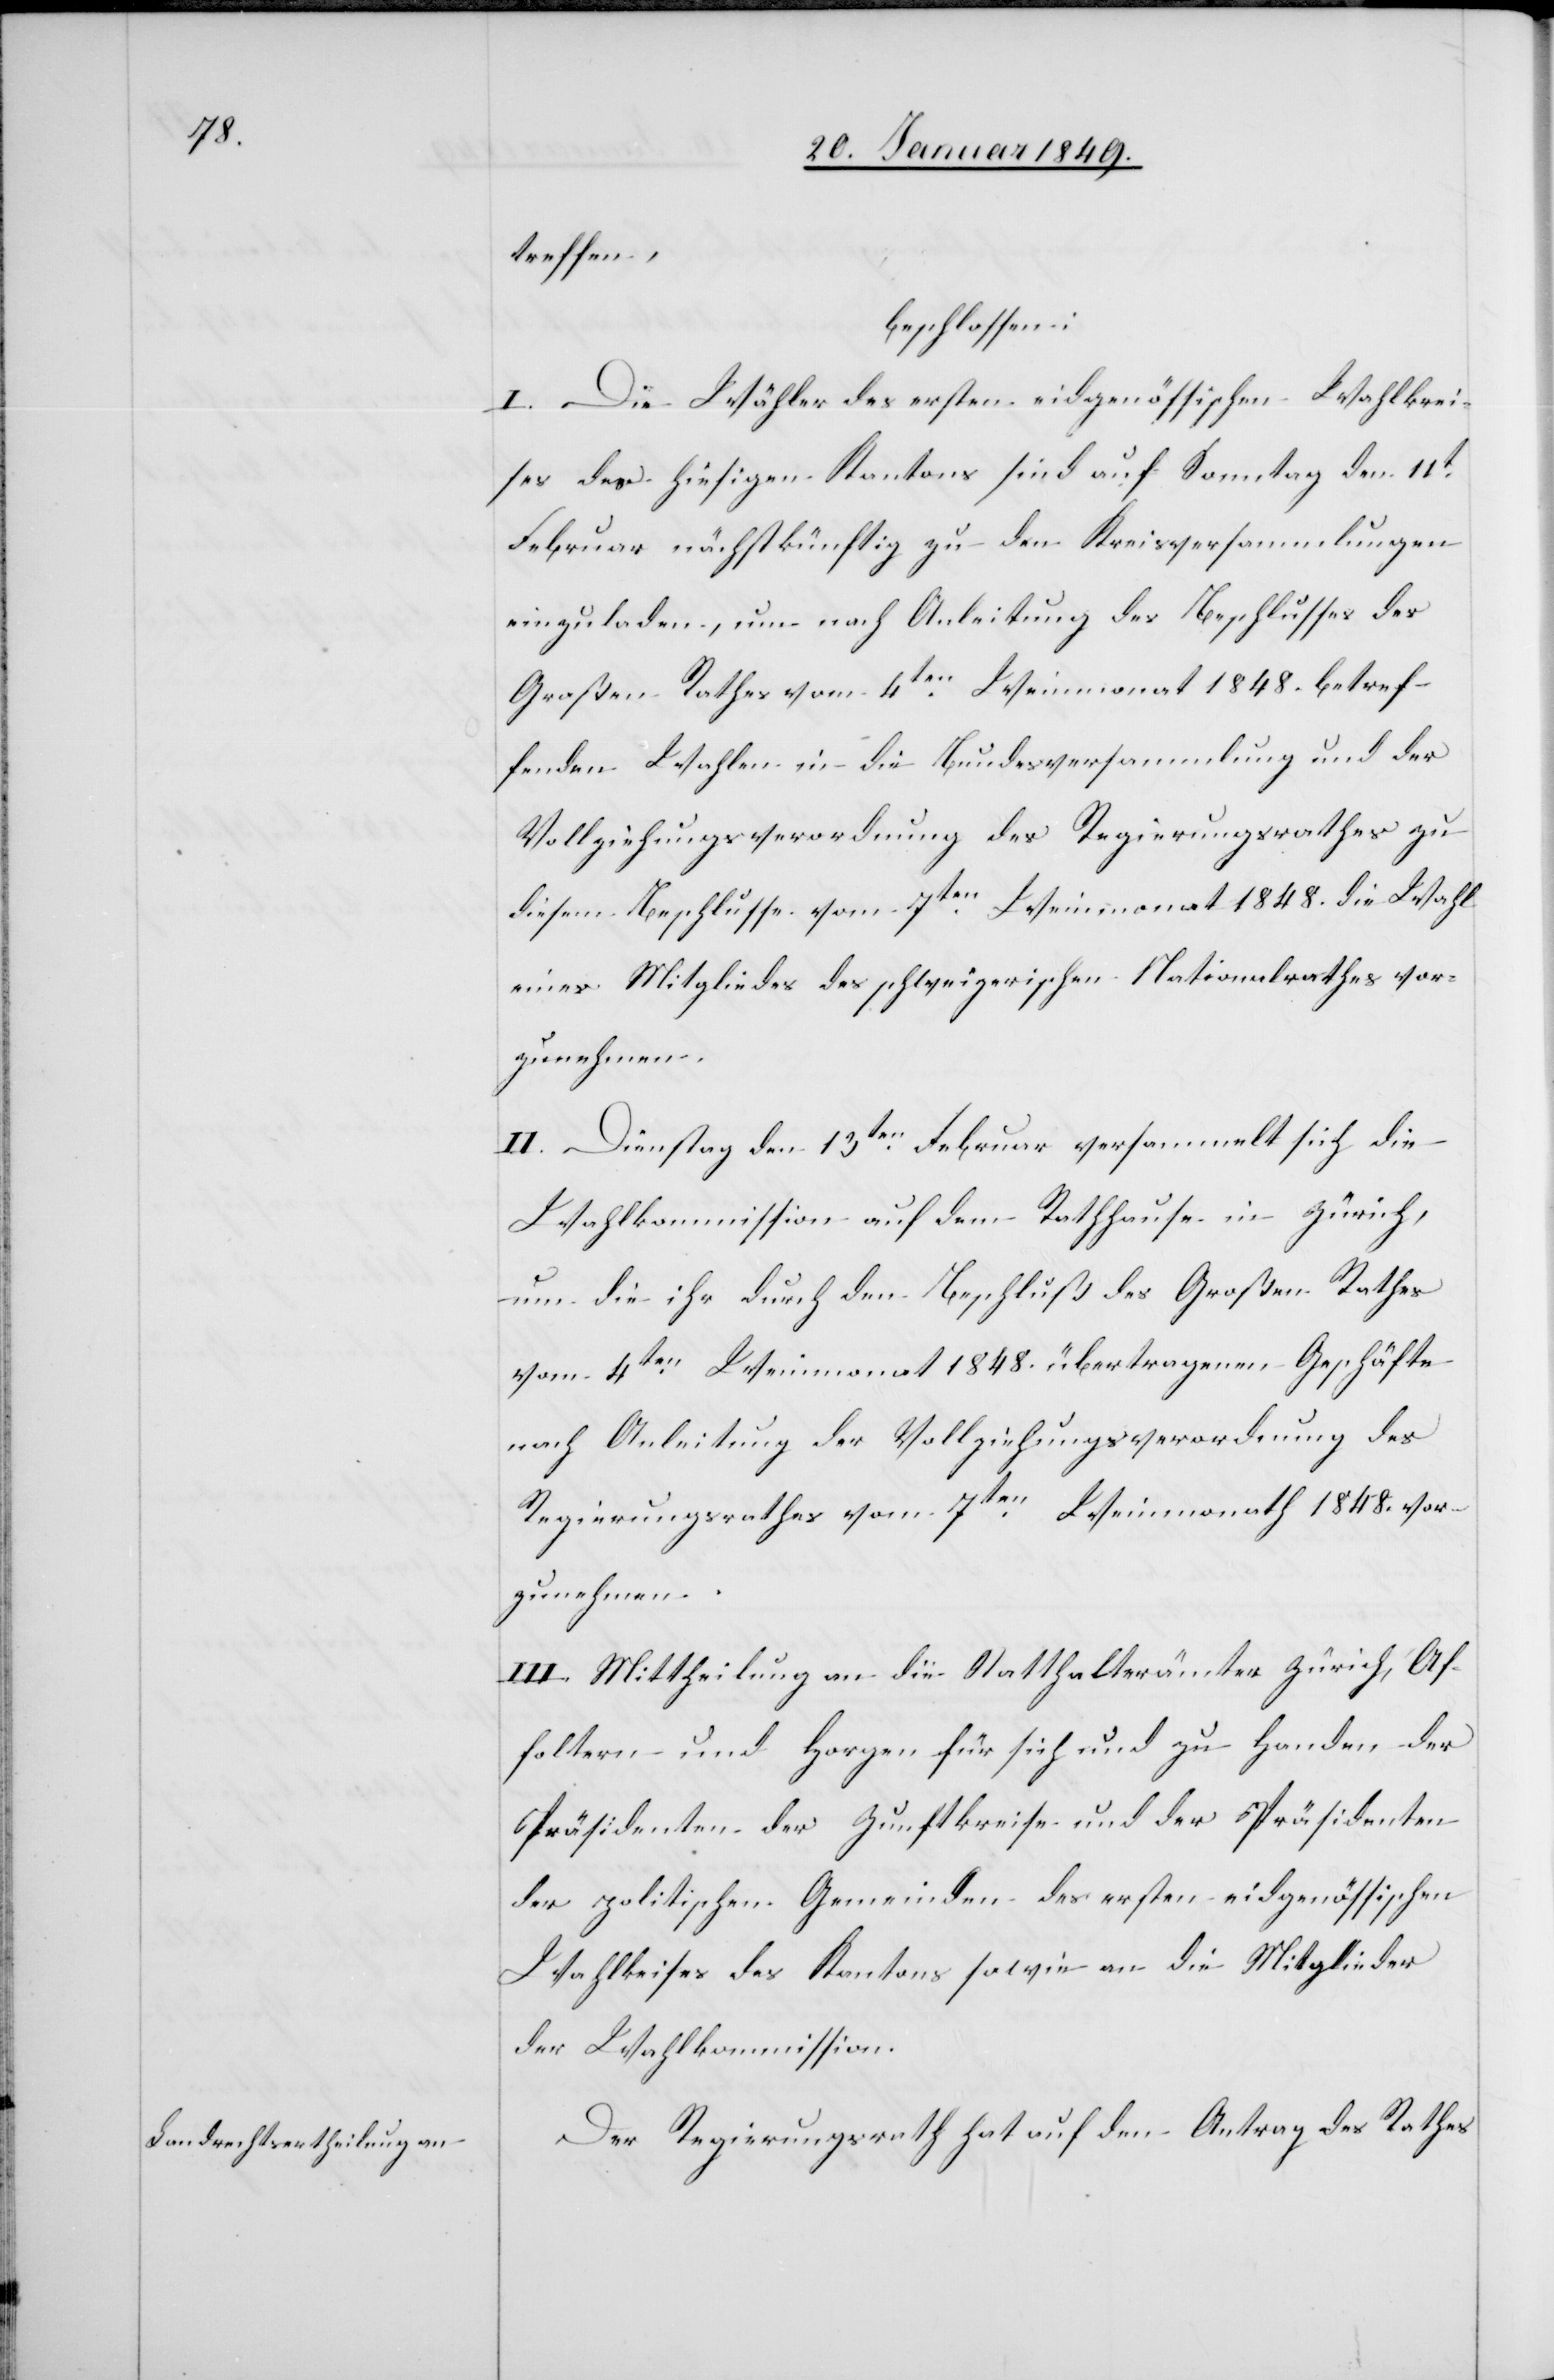
treffen,
beschlossen:
I. Die Wähler des ersten eidgenössischen Wahlkrei¬
ses des hiesigen Kantons sind auf Sonntag den 11t.
Februar nächstkünftig zu den Kreisversammlungen
einzuladen, um nach Anleitung des Beschlusses des
Großen Rathes vom 4ten. Weinmonat 1848. betref¬
fenden Wahlen in die Bundesversammlung und der
Vollziehungsverordnung des Regierungsrathes zu
diesem Beschlusse vom 7ten. Weinmonat 1848. die Wahl
eines Mitgliedes des schweizerischen Nationalrathes vor¬
zunehmen.
II. Dienstag den 13ten. Februar versammelt sich die
Wahlkommission auf dem Rathhause in Zürich,
um die ihr durch den Beschluß des Großen Rathes
vom 4ten. Weinmonat 1848. übertragenen Geschäfte
nach Anleitung der Vollziehungsverordnung des
Regierungsrathes vom 7ten. Weinmonath 1848. vor¬
zunehmen.
III. Mittheilung an die Statthalterämter Zürich, Af¬
foltern und Horgen für sich und zu Handen der
Präsidenten der Zunftkreise und der Präsidenten
der politischen Gemeinden des ersten eidgenössischen
Wahlkreises des Kantons sowie an die Mitglieder
der Wahlkommission.